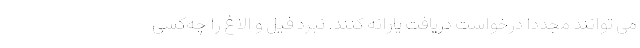
می توانند مجددا درخواست دریافت یارانه کنند. نبرد فیل و الاغ را چه‌کسی